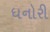
ધનોરી